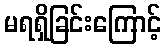
မရရှိခြင်းကြောင့်